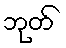
ဘုတ်